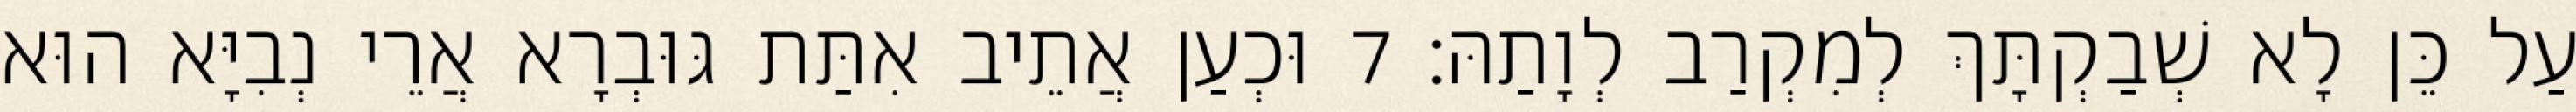
עַל כֵּן לָא שְׁבַקְתָּךְ לְמִקְרַב לְוָתַהּ׃ 7 וּכְעַן אֲתֵיב אִתַּת גּוּבְרָא אֲרֵי נְבִיָּא הוּא